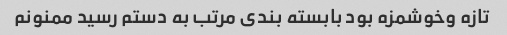
تازه وخوشمزه بود بابسته بندی مرتب به دستم رسید ممنونم